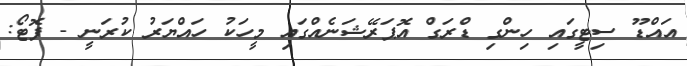
އައްޑޫ ސިޓީގައި ހިންގި ޑްރަގް އޮޕަރޭޝަނެއްގައި މީހަކު ހައްޔަރު ކުރަނީ - ފޮޓޯ: